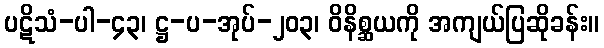
ပဋိသံ-ပါ-၄၃၊ ဋ္ဌ-ပ-အုပ်-၂၀၃၊ ဝိနိစ္ဆယကို အကျယ်ပြဆိုခန်း။